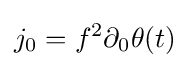
j_{0}=f^{2}\partial _{0}\theta (t)